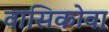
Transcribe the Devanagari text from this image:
वासिकोवा